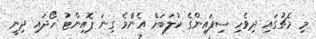
މި މެޗުގައި ދިވެހި ސިފައިންގެ ކުލަބަށް އެންމެ ގިނަ ޕޮއިންޓު ހޯދައި ދިނީ